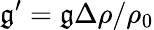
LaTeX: \mathfrak{g}^{\prime}=\mathfrak{g}\Delta\rho/\rho_{0}